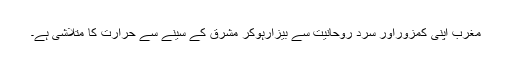
مغرب اپنی کمزوراور سرد روحانیت سے بیزارہوکر مشرق کے سینے سے حرارت کا متلاشی ہے۔